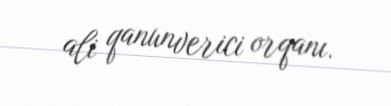
ali qanunverici orqanı.